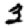
Digit: 3